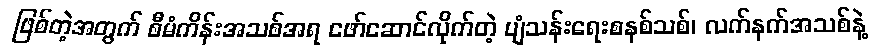
ဖြစ်တဲ့အတွက် စီမံကိန်းအသစ်အရ ဖော်ဆောင်လိုက်တဲ့ ပျံသန်းရေးစနစ်သစ်၊ လက်နက်အသစ်နဲ့